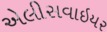
એલીસવાઇયર